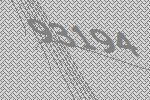
93194